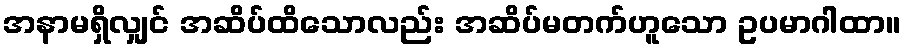
အနာမရှိလျှင် အဆိပ်ထိသောလည်း အဆိပ်မတက်ဟူသော ဥပမာဂါထာ။